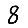
Digit: 8